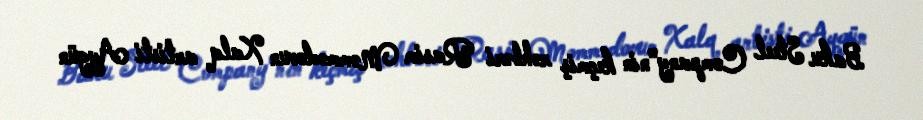
Baku Steel Company"nin keçmiş rəhbəri Rasim Məmmədovun Xalq artisti Aygün